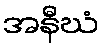
အနီဃံ